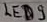
Text: LED9